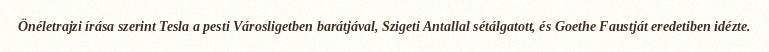
Önéletrajzi írása szerint Tesla a pesti Városligetben barátjával, Szigeti Antallal sétálgatott, és Goethe Faustját eredetiben idézte.